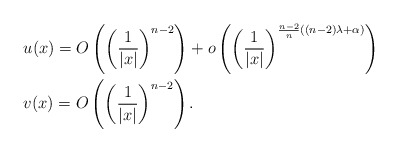
\begin{align*} &u(x)=O\left( \left(\frac{1}{|x|}\right)^{n-2} \right) + o\left( \left(\frac{1}{|x|}\right)^{\frac{n-2}{n}((n-2)\lambda+\alpha)} \right)\\ &v(x)=O\left( \left(\frac{1}{|x|}\right)^{n-2} \right). \end{align*}